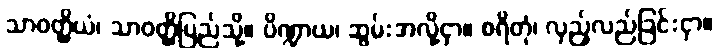
သာဝတ္ထိယံ၊ သာဝတ္ထိပြည်သို့။ ပိဏ္ဍာယ၊ ဆွမ်းအလို့ငှာ။ စရိတုံ၊ လှည့်လည်ခြင်းငှာ။